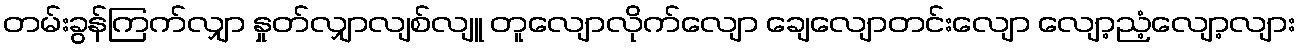
တမ်းခွန်ကြက်လျှာ နှုတ်လျှာလျစ်လျူ တူလျောလိုက်လျော ချေလျောတင်းလျော လျော့ညံ့လျော့လျား